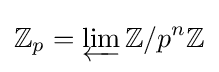
\mathbb {Z} _{p}=\displaystyle \varprojlim \mathbb {Z} /p^{n}\mathbb {Z}